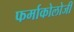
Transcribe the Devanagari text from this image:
फर्माकोलोजी